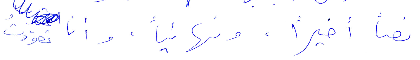
نصًا أخيرًا، ونهائيًا، وأنا تعوّدتُ